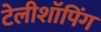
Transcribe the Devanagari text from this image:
टेलीशॉपिंग